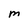
Character: M